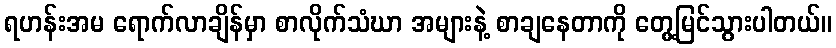
ရဟန်းအမ ရောက်လာချိန်မှာ စာလိုက်သံဃာ အများနဲ့ စာချနေတာကို တွေ့မြင်သွားပါတယ်။